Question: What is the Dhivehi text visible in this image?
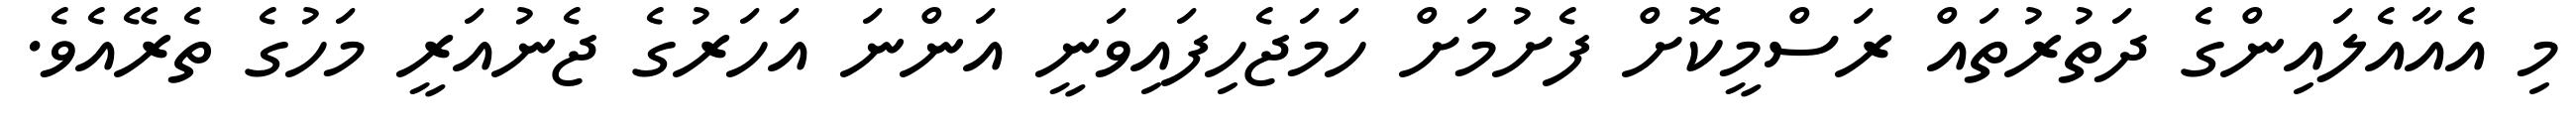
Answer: މި އެއާއެލައިންގެ ދަތުރުތައް ރަސްމީކޮށް ފެށުމަށް ހަމަޖެހިފައިވަނީ އަންނަ އަހަރުގެ ޖެނުއަރީ މަހުގެ ތެރޭއެވެ.